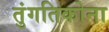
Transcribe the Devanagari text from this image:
तुंगतिकोना